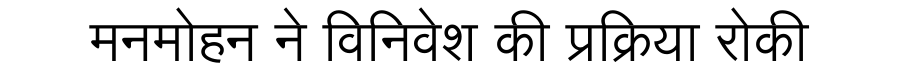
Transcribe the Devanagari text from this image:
मनमोहन ने विनिवेश की प्रक्रिया रोकी